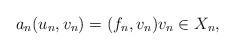
LaTeX: \begin{align*}a_n(u_n, v_n) = (f_n, v_n) v_n \in X_n,\end{align*}